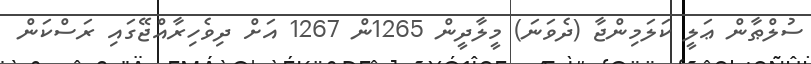
ސުލްޠާން ޢަލީ ކަލަމިންޖާ (ދެވަނަ) މީލާދީން 1265ން 1267 އަށް ދިވެހިރާއްޖޭގައި ރަސްކަން